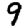
Digit: 9